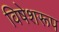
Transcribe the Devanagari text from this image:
विषेशरूप